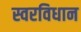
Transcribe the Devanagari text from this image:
स्वरविधान